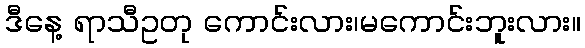
ဒီနေ့ ရာသီဥတု ကောင်းလား၊မကောင်းဘူးလား။